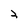
Character: 2